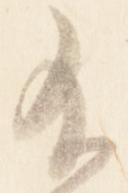
不